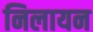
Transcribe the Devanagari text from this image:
निलायन